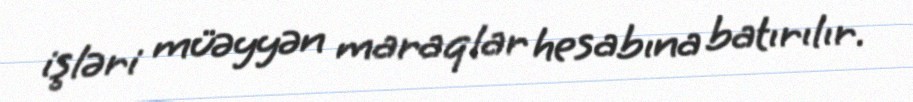
işləri müəyyən maraqlar hesabına batırılır.